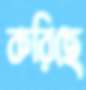
করিছে